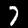
Label: 7